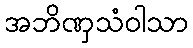
အဘိဏှသံဝါသာ